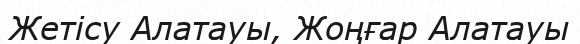
Жетісу Алатауы, Жоңғар Алатауы